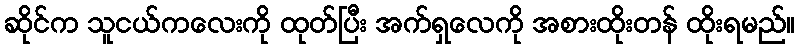
ဆိုင်က သူငယ်ကလေးကို ထုတ်ပြီး အက်ရှလေကို အစားထိုးတန် ထိုးရမည်။